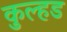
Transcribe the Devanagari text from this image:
कुल्हड